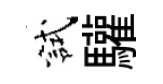
試驩